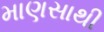
માણસાથી